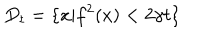
LaTeX: D _ { t } = \{ x | f ^ { 2 } ( x ) < 2 \gamma t \}